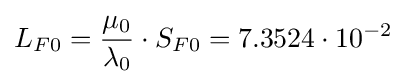
L_{F0}={\frac {\mu _{0}}{\lambda _{0}}}\cdot S_{F0}=7.3524\cdot 10^{-2}\